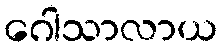
ဂေါသာလာယ